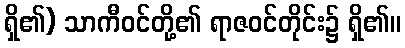
ရှိ၏) သာကီဝင်တို့၏ ရာဇဝင်တိုင်း၌ ရှိ၏။